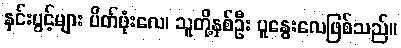
နှင်းပွင့်များ ပိတ်ဖုံးလေ၊ သူတို့နှစ်ဦး ပူနွေးလေဖြစ်သည်။